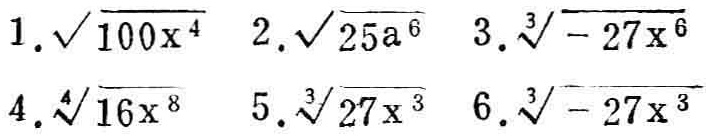
1. $\sqrt{100x^{4}}$ 2. $\sqrt{25a^{6}}$ 3. $\sqrt[3]{- 27x^{6}}$
4. $\sqrt[4]{16x^{8}}$ 5. $\sqrt[3]{27x^{3}}$ 6. $\sqrt[3]{- 27x^{3}}$